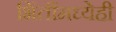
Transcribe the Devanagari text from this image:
भिंतींमध्येही